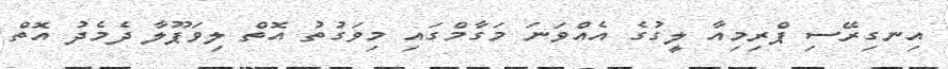
އިނގިރޭސި ޕްރިމިއާ ލީގުގެ އެއްވަނަ މަގާމްގައި މިވަގުތު އޮތް ލިވަޕޫލާ ދެމެދު އޮތް